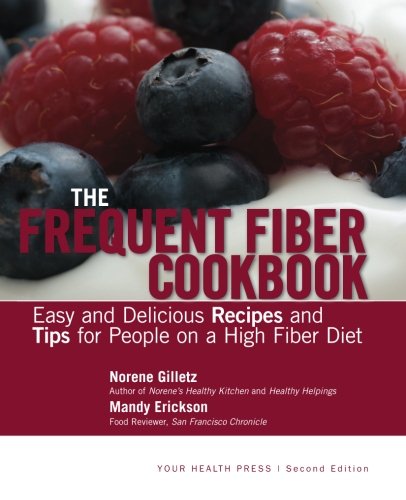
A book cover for The Frequent Fiber Cookbook: Easy and Delicious Recipes and Tips for People on a High Fiber Diet; Norene Gilletz; Health, Fitness & Dieting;